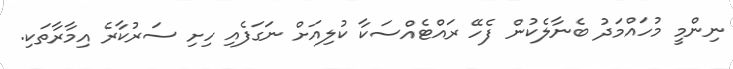
ނިންމީ މުހައްމަދު ބެނާލެކުން ފެހޭ ރައްޓެއްސަކާ ކުލިއަށް ނަގަފެއި ހިށި ސަރުކާރެ އިމާރާތަކި.